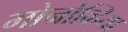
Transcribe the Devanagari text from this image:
मोन्रोव्हिया